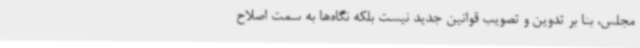
مجلس، بنا بر تدوین و تصویب قوانین جدید نیست بلکه نگاه‌ها به سمت اصلاح